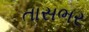
તાસભર